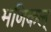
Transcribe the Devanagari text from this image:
मणिकल्